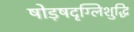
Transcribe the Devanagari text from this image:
षोड़षदृग्लिशुद्धि